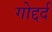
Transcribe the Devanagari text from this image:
गोद्दर्द